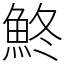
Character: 鮗